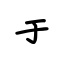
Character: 于